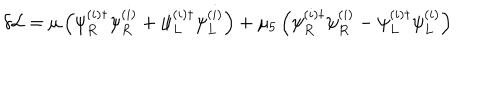
LaTeX: \delta { \cal L } = \mu \left( \psi _ { R } ^ { ( i ) \dagger } \psi _ { R } ^ { ( i ) } + \psi _ { L } ^ { ( i ) \dagger } \psi _ { L } ^ { ( i ) } \right) + \mu _ { 5 } \left( \psi _ { R } ^ { ( i ) \dagger } \psi _ { R } ^ { ( i ) } - \psi _ { L } ^ { ( i ) \dagger } \psi _ { L } ^ { ( i ) } \right)